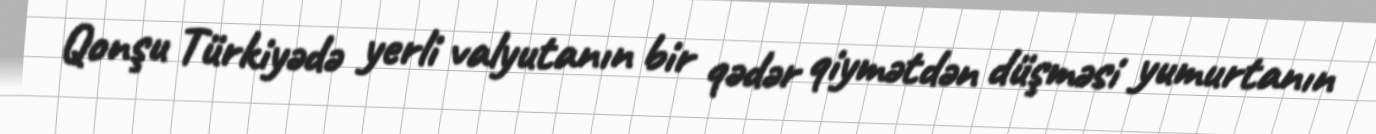
Qonşu Türkiyədə yerli valyutanın bir qədər qiymətdən düşməsi yumurtanın